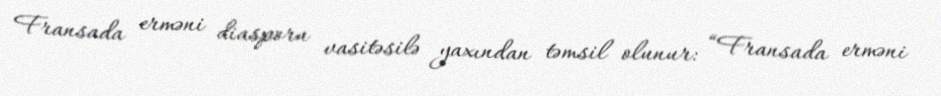
Fransada erməni diasporu vasitəsilə yaxından təmsil olunur: “Fransada erməni